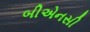
બીએનસી